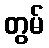
တွမ်